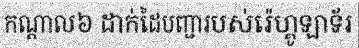
កណ្តាល៦ ដាក់ដៃបញ្ជារបស់រ៉េហ្គូឡាទ័រ